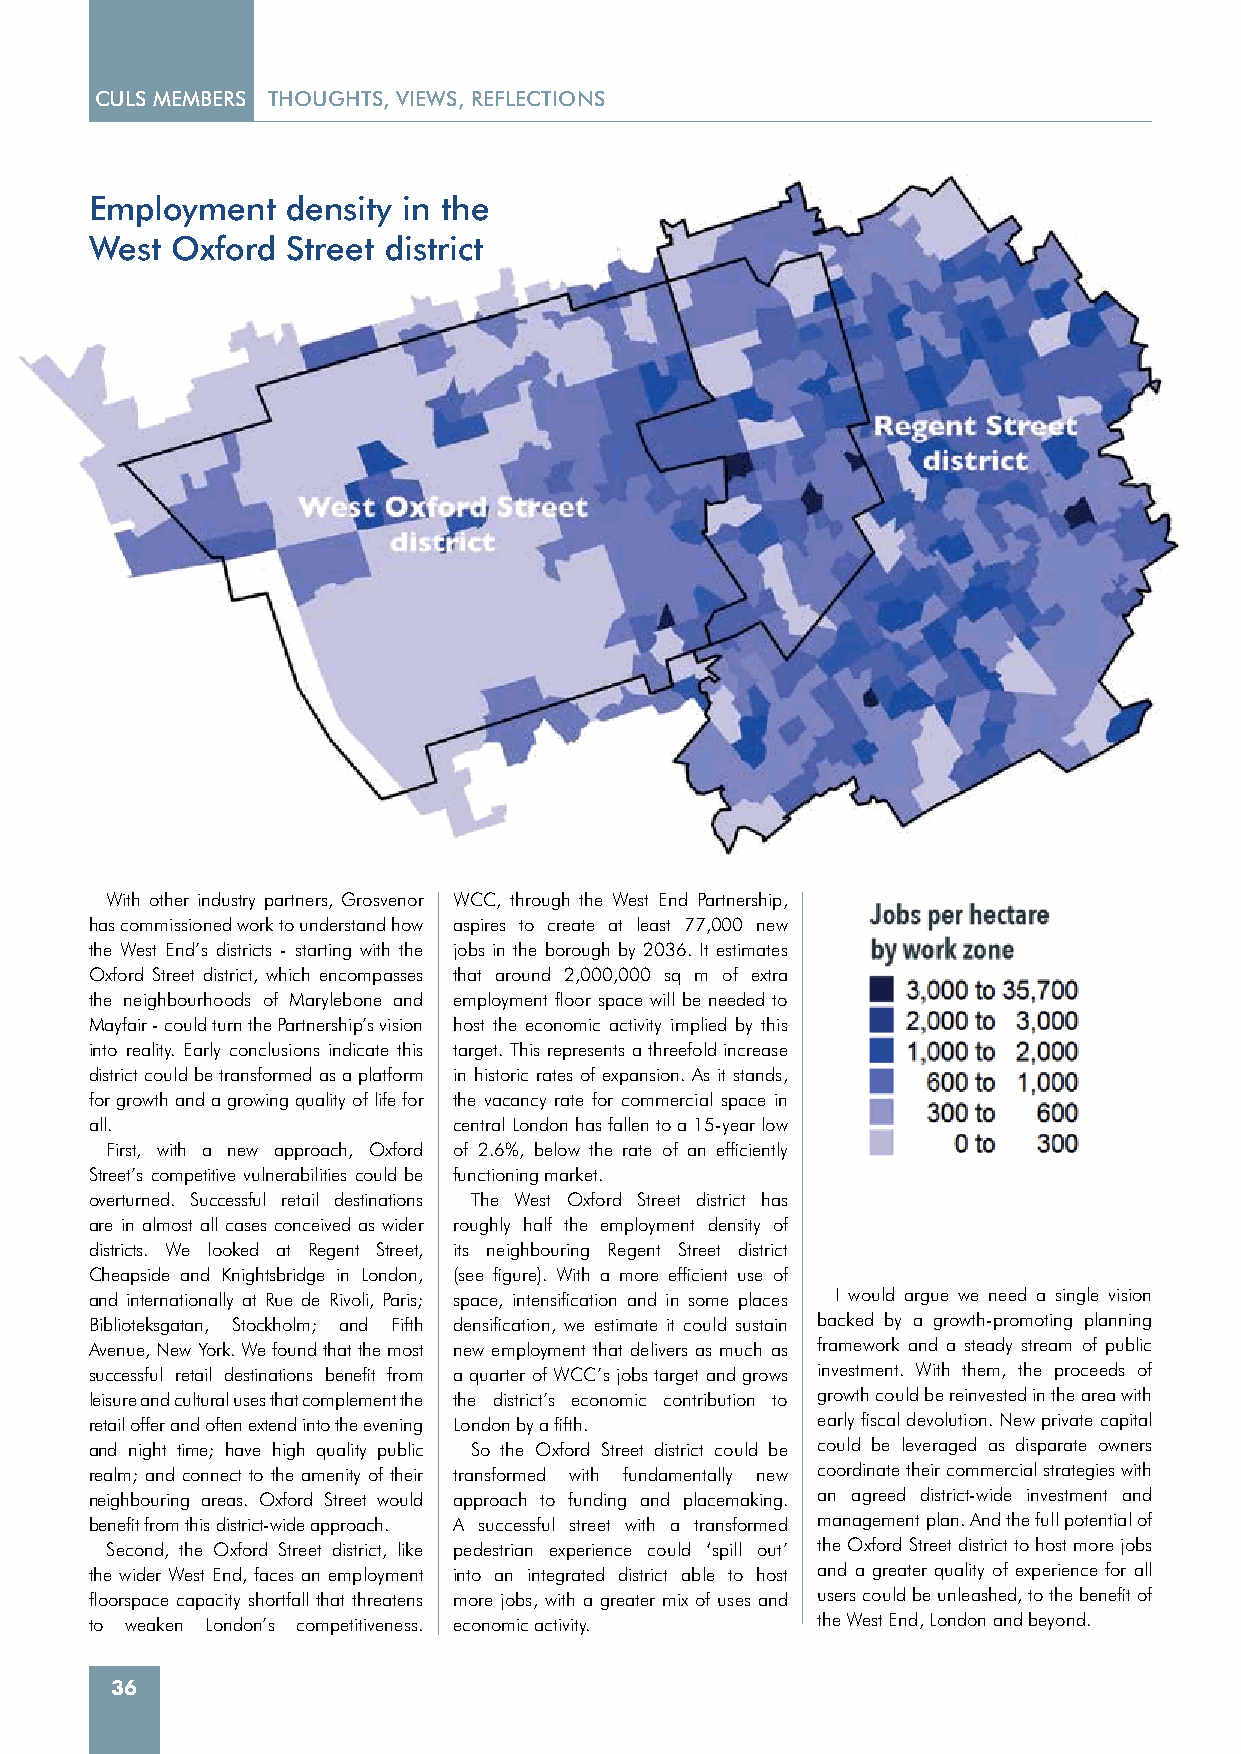
CULS MEMBERS THOUGHTS, VIEWS, REFLECTIONS
 Employment   density in the
 West Oxford  Street district
 With other industry partners, Grosvenor WCC, through the West End Partnership,
 has commissioned work to understand how aspires to create at least 77,000 new
 the West End’s districts - starting with the jobs in the borough by 2036. It estimates
 Oxford Street district, which encompasses that around 2,000,000 sq m of extra
 the neighbourhoods of Marylebone and employment floor space will be needed to
 Mayfair - could turn the Partnership’s vision host the economic activity implied by this
 into reality. Early conclusions indicate this target. This represents a threefold increase
 district could be transformed as a platform in historic rates of expansion. As it stands,
 for growth and a growing quality of life for the vacancy rate for commercial space in
 all.                    central London has fallen to a 15-year low
 First, with a new approach, Oxford of 2.6%, below the rate of an efficiently
 Street’s competitive vulnerabilities could be functioning market.
 overturned. Successful retail destinations The West Oxford Street district has
 are in almost all cases conceived as wider roughly half the employment density of
 districts. We looked at Regent Street, its neighbouring Regent Street district
 Cheapside and Knightsbridge in London, (see figure). With a more efficient use of
 and internationally at Rue de Rivoli, Paris; space, intensification and in some places I would argue we need a single vision
 Biblioteksgatan, Stockholm; and Fifth densification, we estimate it could sustain backed by a growth-promoting planning
 Avenue, New York. We found that the most new employment that delivers as much as framework and a steady stream of public
 successful retail destinations benefit from a quarter of WCC’s jobs target and grows investment. With them, the proceeds of
 leisure and cultural uses that complement the the district’s economic contribution to growth could be reinvested in the area with
 retail offer and often extend into the evening London by a fifth. early fiscal devolution. New private capital
 and night time; have high quality public So the Oxford Street district could be could be leveraged as disparate owners
 realm; and connect to the amenity of their transformed with fundamentally new coordinate their commercial strategies with
 neighbouring areas. Oxford Street would approach to funding and placemaking. an agreed district-wide investment and
 benefit from this district-wide approach. A successful street with a transformed management plan. And the full potential of
 Second, the Oxford Street district, like pedestrian experience could ‘spill out’ the Oxford Street district to host more jobs
 the wider West End, faces an employment into an integrated district able to host and a greater quality of experience for all
 floorspace capacity shortfall that threatens more jobs, with a greater mix of uses and users could be unleashed, to the benefit of
 to weaken London’s competitiveness. economic activity. the West End, London and beyond.
 36